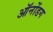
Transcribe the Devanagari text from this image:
ऑनोंडग